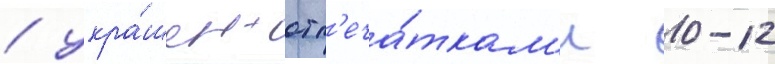
/ укра́шен отп'еча́ткам'и 10-12